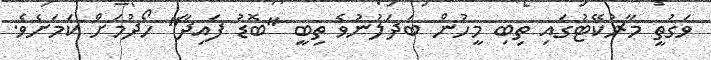
ވަގުތީ މާރުކޭޓުގައި ތިބި މީހުން ބަދަލުނުވެ ތިބީ "ބޮޑު ފައިދާ" ހޯދުމަށް ކަމަށެވެ.